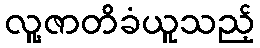
လူ့ဇာတိခံယူသည့်